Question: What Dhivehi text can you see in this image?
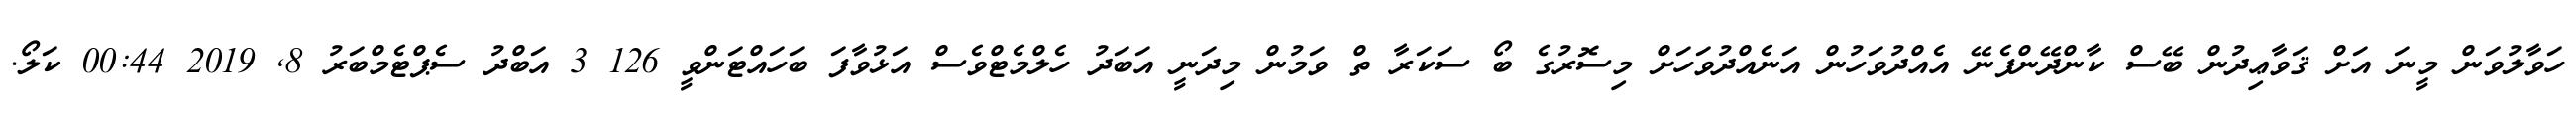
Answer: ހަވާލުވަން މީނަ އަށް ޤަވާޢިދުން ބޭސް ކާންދޭންފެނޭ އެއްދުވަހުން އަނެއްދުވަހަށް މިސޮރުގެ ބޯ ސަކަރާ ތް ވަމުން މިދަނީ އަބަދު ހެލްމެޓްވެސް އަޅުވާފަ ބަހައްޓަންވީ 126 3 އަބްދު ސެޕްޓެމްބަރު 8, 2019 00:44 ކަލޯ.